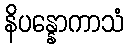
နိပန္နောကာသံ